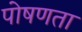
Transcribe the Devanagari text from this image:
पोषणता